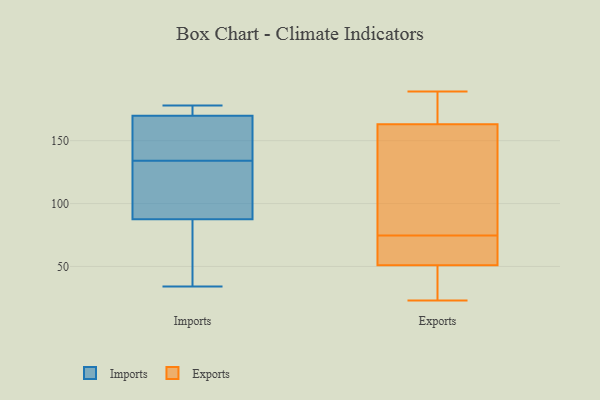
{"axis": {"x": "Churn Rate (%)", "y": "Value"}, "legend": ["Exports", "Imports"], "data": [{"x": "", "y": 169, "type": "Imports"}, {"x": "", "y": 134, "type": "Imports"}, {"x": "", "y": 86, "type": "Imports"}, {"x": "", "y": 178, "type": "Imports"}, {"x": "", "y": 88, "type": "Imports"}, {"x": "", "y": 172, "type": "Imports"}, {"x": "", "y": 82, "type": "Imports"}, {"x": "", "y": 90, "type": "Imports"}, {"x": "", "y": 117, "type": "Imports"}, {"x": "", "y": 34, "type": "Imports"}, {"x": "", "y": 176, "type": "Imports"}, {"x": "", "y": 144, "type": "Imports"}, {"x": "", "y": 165, "type": "Imports"}, {"x": "", "y": 70, "type": "Exports"}, {"x": "", "y": 23, "type": "Exports"}, {"x": "", "y": 79, "type": "Exports"}, {"x": "", "y": 51, "type": "Exports"}, {"x": "", "y": 52, "type": "Exports"}, {"x": "", "y": 96, "type": "Exports"}, {"x": "", "y": 48, "type": "Exports"}, {"x": "", "y": 108, "type": "Exports"}, {"x": "", "y": 163, "type": "Exports"}, {"x": "", "y": 31, "type": "Exports"}, {"x": "", "y": 189, "type": "Exports"}, {"x": "", "y": 63, "type": "Exports"}, {"x": "", "y": 186, "type": "Exports"}, {"x": "", "y": 186, "type": "Exports"}]}